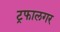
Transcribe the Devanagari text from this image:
ट्रफालगर